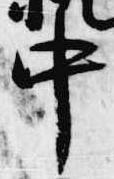
中